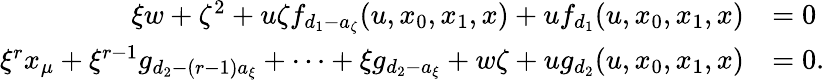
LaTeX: \begin{array}{rl}{\xi w+\zeta^{2}+u\zeta f_{d_{1}-a_{\zeta}}(u,x_{0},x_{1},x)+uf_{d_{1}}(u,x_{0},x_{1},x)}&{=0}\\ {\xi^{r}x_{\mu}+\xi^{r-1}g_{d_{2}-(r-1)a_{\xi}}+\cdots+\xi g_{d_{2}-a_{\xi}}+w\zeta+ug_{d_{2}}(u,x_{0},x_{1},x)}&{=0.}\end{array}